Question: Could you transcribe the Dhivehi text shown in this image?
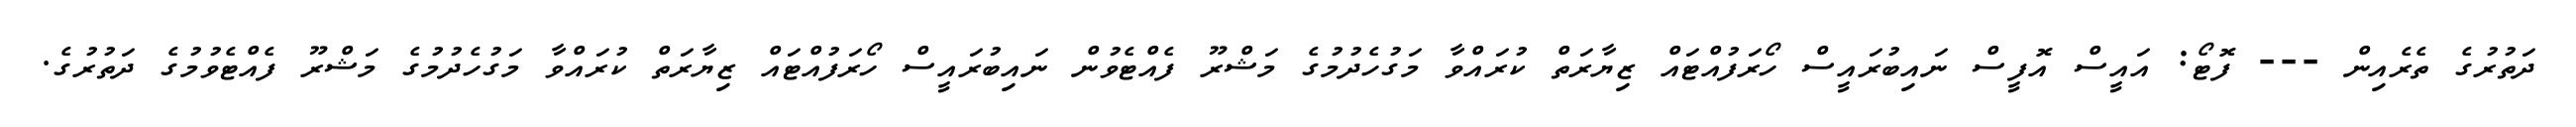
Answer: ދަތުރުގެ ތެރެއިން --- ފޮޓޯ: އައީސް އޮފީސް ނައިބުރައީސް ހޯރަފުއްޓައް ޒިޔާރަތް ކުރައްވާ މަގުހެދުމުގެ މަޝްރޫ ފެއްޓެވުން ނައިބުރައީސް ހޯރަފުއްޓައް ޒިޔާރަތް ކުރައްވާ މަގުހެދުމުގެ މަޝްރޫ ފެއްޓެވުމުގެ ދަތުރުގެ.